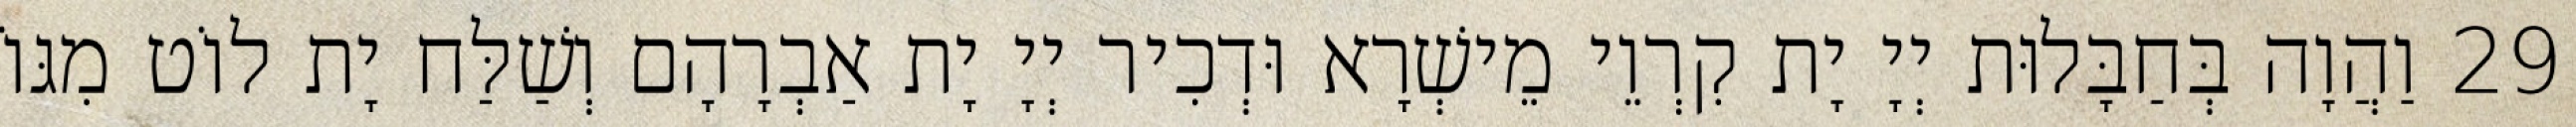
29 וַהֲוָה בְּחַבָּלוּת יְיָ יָת קִרְוֵי מֵישְׁרָא וּדְכִיר יְיָ יָת אַבְרָהָם וְשַׁלַּח יָת לוֹט מִגּוֹ